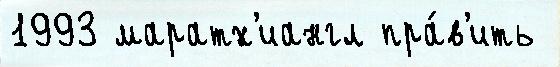
1993 маратх'иангл пра́в'ить